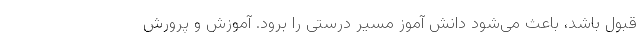
قبول باشد، باعث می‌شود دانش آموز مسیر درستی را برود‌. آموزش و پرورش